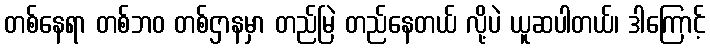
တစ်နေရာ တစ်ဘဝ တစ်ဌာနမှာ တည်မြဲ တည်နေတယ် လို့ပဲ ယူဆပါတယ်၊ ဒါကြောင့်